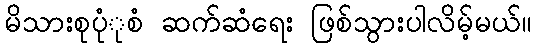
မိသားစုပုံုစံ ဆက်ဆံရေး ဖြစ်သွားပါလိမ့်မယ်။